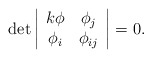
\begin{align*}\det\left|\begin{array}{cc}k\phi&\phi_j\\ \phi_i&\phi_{ij}\end{array}\right|=0.\end{align*}